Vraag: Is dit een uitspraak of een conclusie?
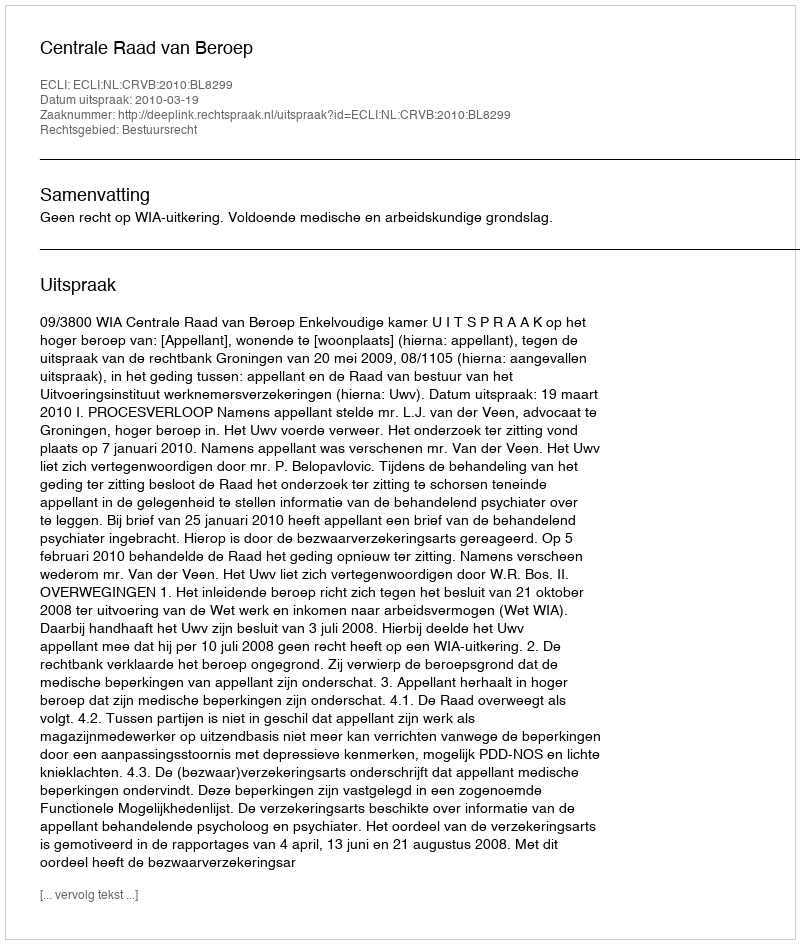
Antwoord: Uitspraak